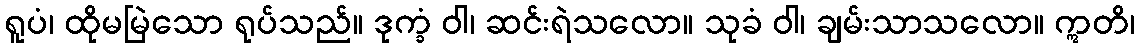
ရူပံ၊ ထိုမမြဲသော ရုပ်သည်။ ဒုက္ခံ ဝါ၊ ဆင်းရဲသလော။ သုခံ ဝါ၊ ချမ်းသာသလော။ ဣတိ၊